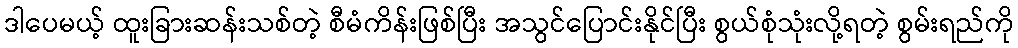
ဒါပေမယ့် ထူးခြားဆန်းသစ်တဲ့ စီမံကိန်းဖြစ်ပြီး အသွင်ပြောင်းနိုင်ပြီး စွယ်စုံသုံးလို့ရတဲ့ စွမ်းရည်ကို